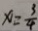
x = \frac { 3 } { 4 }